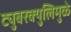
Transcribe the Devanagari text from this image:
ट्युबरक्युलिमुळे